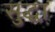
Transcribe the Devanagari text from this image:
सुद्घा